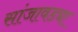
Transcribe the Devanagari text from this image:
सांजावड्या